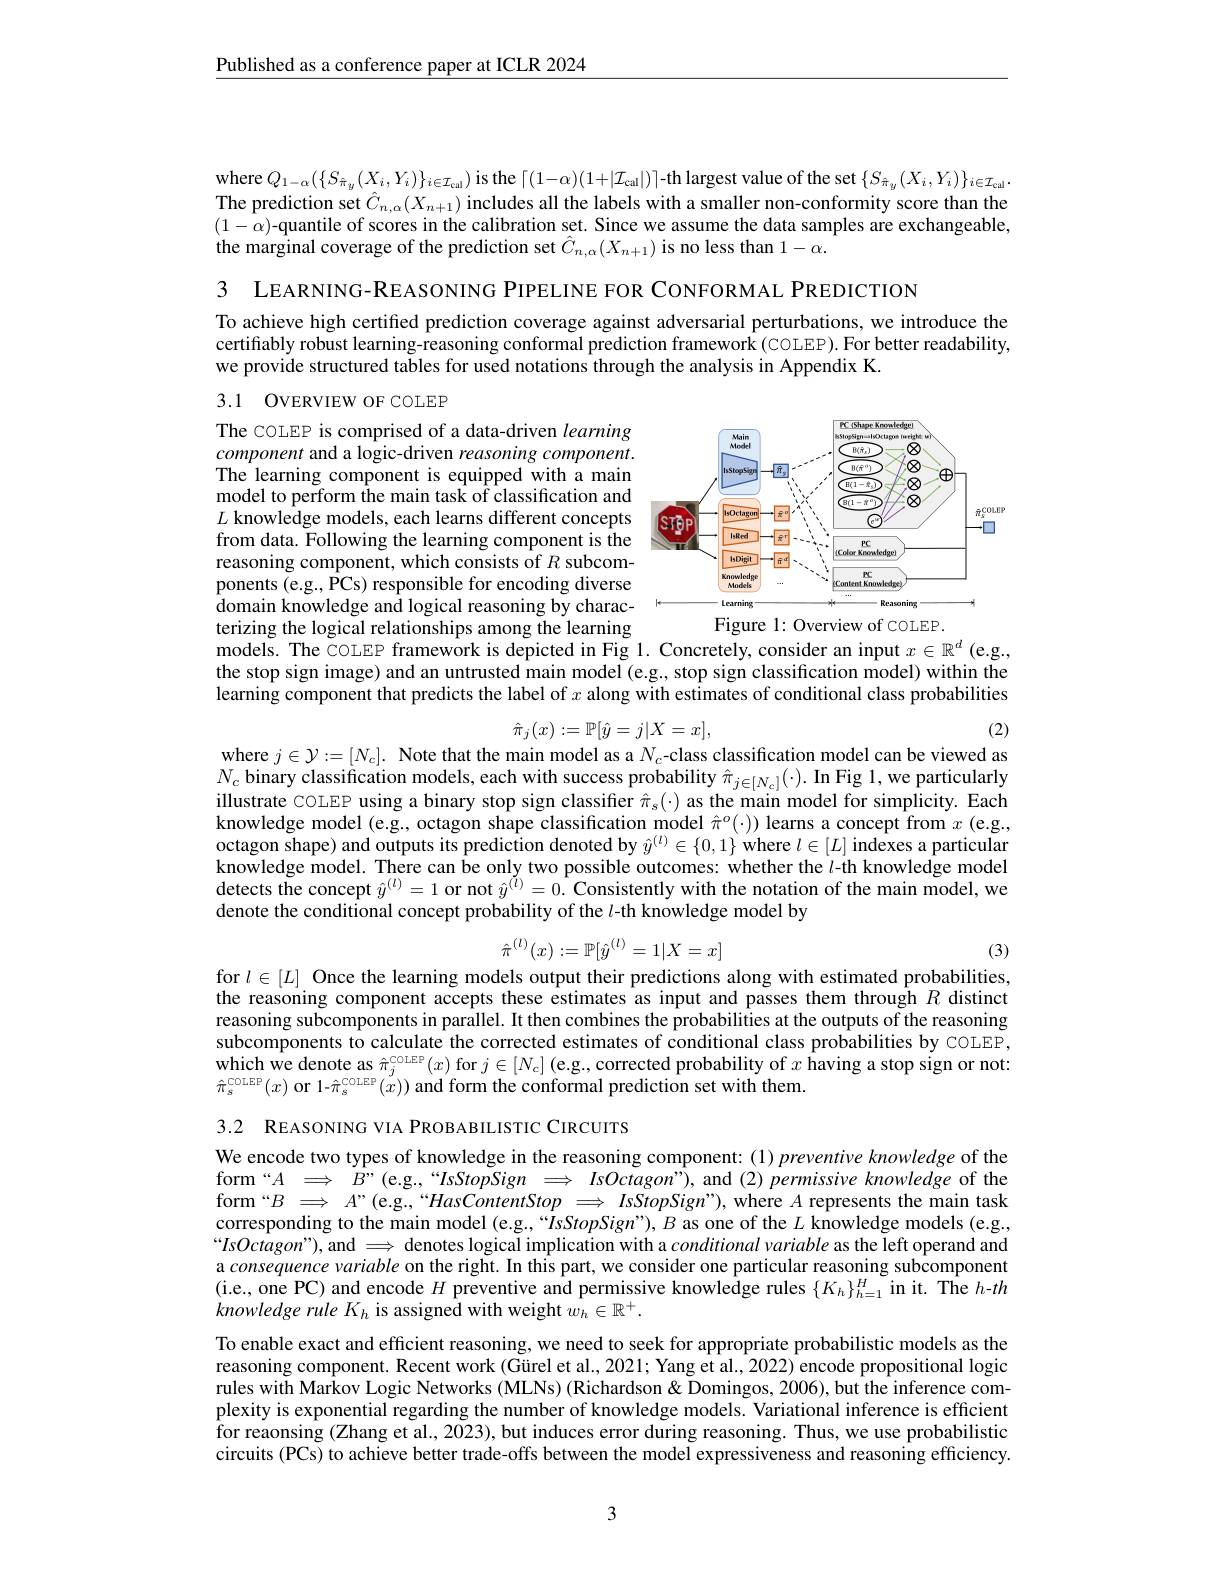
$\underline{\text{Published as a conference paper at ICLR 2024}}$

where $Q_{1-\alpha}(\{S_{\hat{\pi}_{y}}(X_{i},Y_{i})\}_{i\in\mathcal{I}_{\mathrm{cal}}})$ is the $\lceil(1-\alpha)(1+|\mathcal{I}_{\mathrm{cal}}|)\rceil$-th largest value of the set $\{S_{\hat{\pi}_{y}}(X_{i},Y_{i})\}_{i\in\mathcal{I}_{\mathrm{cal}}}.$ The prediction set $\hat{C}_{n,\alpha}(X_{n+1})$ includes all the labels with a smaller non-conformity score than the $(1-\alpha)$-quantile of scores in the calibration set. Since we assume the data samples are exchangeable, the marginal coverage of the prediction set $\hat{C}_{n,\alpha}(X_{n+1})$ is no less than $1-\alpha.$

3 LEARNING-REASONING PIPELINE FOR CONFORMAL PREDICTION

To achieve high certified prediction coverage against adversarial perturbations, we introduce the certifiably robust learning-reasoning conformal prediction framework (COLEP). For better readability, we provide structured tables for used notations through the analysis in Appendix K.

## 3.1 OVERVIEW OF COLEP

<FigureHere>
Figure 1: Overview of COLEP.

The COLEP is comprised of a data-driven learning component and a logic-driven reasoning component. The learning component is equipped with a main model to perform the main task of classification and $L$ knowledge models, each learns different concepts from data. Following the learning component is the reasoning component, which consists of $R$ subcomponents (e.g., PCs) responsible for encoding diverse domain knowledge and logical reasoning by characterizing the logical relationships among the learning models. The COLEP framework is depicted in Fig 1. Concretely, consider an input $x\in\mathbb{R}^d$ (e.g., the stop sign image) and an untrusted main model (e.g., stop sign classification model) within the learning component that predicts the label of $x$ along with estimates of conditional class probabilities

(2)
$$\hat{\pi}_j(x):=\mathbb{P}[\hat{y}=j|X=x],$$
where $j\in\mathcal{Y}:=[N_c].$ Note that the main model as a $N_c$-class classification model can be viewed as

$N_c$ binary classification models, each with success probability $\hat{\pi}_{j\in[N_c]}(\cdot).$ In Fig 1,we particularly illustrate COLEP using a binary stop sign classiffer $\hat{\pi}_s(\cdot)$ as the main model for simplicity. Each knowledge model (e.g., octagon shape classification model $\hat{\pi}^o(\cdot))$ learns a concept from $x$ ( e. g. , octagon shape) and outputs its prediction denoted by $\hat{y}^{(l)}\in\{0,1\}$ where $l\in[L]$ indexes a particular knowledge model. There can be only two possible outcomes: whether the $l$-th knowledge model detects the concept $\hat{y}^{(l)}=1$ or not $\hat{y}^{(l)}=0.$ Consistently with the notation of the main model, we denote the conditional concept probability of the $l$-th knowledge model by
$$\hat{\pi}^{(l)}(x):=\mathbb{P}[\hat{y}^{(l)}=1|X=x]$$
for $l\in[L]$ Once the learning models output their predictions along with estimated probabilities,

(3)

the reasoning component accepts these estimates as input and passes them through $R$ distinct reasoning subcomponents in parallel. It then combines the probabilities at the outputs of the reasoning subcomponents to calculate the corrected estimates of conditional class probabilities by COLEP, which $\hat{\text{we denote as }\pi}_j^{\mathrm{colEP}}(x)$ for $j\in[N_c]$ (e.g., corrected probability of $x$ having a stop sign or not: $\hat{\pi}_{s}^{\mathrm{COLEP}}(x)$ or 1-$\hat{\pi}_{s}^{\mathrm{COLEP}}(x))$ and form the conformal prediction set with them.

3.2 REASONING VIA PROBABILISTIC CIRCUITS

We encode two types of knowledge in the reasoning component: (1) preventive knowledge of the form“$A$ $\Longrightarrow$ $B” ($e.g.,“IsStopSign $\Longrightarrow$ $IsOctagon” ) $, and (2) permissive knowledge of the form“$B\implies A’($e.g,“HasContentStop $\Longrightarrow \textit{IsStopSign” ) , where }A$ represents the main task corresponding to the main model (e.g.,“IsStopSign”),B as one of the $L$ knowledge models (e.g., $“IsOctagon”)$, and $\Longrightarrow$ denotes logical implication with a conditional variable as the left operand and a consequence variable on the right. In this part, we consider one particular reasoning subcomponent (i.e., one PC) and encode $H$ preventive and permissive knowledge rules $\{K_h\}_h=1^H$ in it. The $h-th$ knowledge rule $K_h$ is assigned with weight $\hat{w_h}\in\mathbb{R}^+.$
To enable exact and efficient reasoning, we need to seek for appropriate probabilistic models as the reasoning component. Recent work (Gürel et al., 2021; Yang et al.., 2022) encode propositional logic rules with Markov Logic Networks (MLNs) (Richardson & Domingos, 2006), but the inference complexity is exponential regarding the number of knowledge models. Variational inference is efficient for reaonsing (Zhang et al., 2023), but induces error during reasoning. Thus, we use probabilistic circuits (PCs) to achieve better trade-offs between the model expressiveness and reasoning efficiency.

3